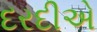
દરદીએ